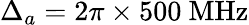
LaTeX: \Delta_{a}=2\pi\times 500~\mathrm{MHz}